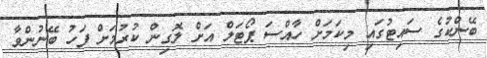
ބޭންކުގެ ސައިޓުގައި މިކަމަށް ހާއްސަ ޕޯޓަލް އަށް ލޮގިން ކުރުމަށް ފަހު ބޭނުންވާ